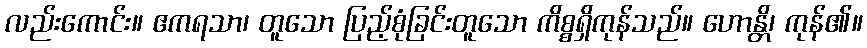
လည်းကောင်း။ ဧကရသာ၊ တူသော ပြည့်စုံခြင်းတူသော ကိစ္စရှိကုန်သည်။ ဟောန္တိ၊ ကုန်၏။